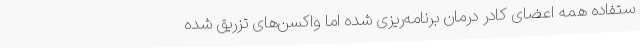
ستفاده همه اعضای کادر درمان برنامه‌ریزی شده اما واکسن‌های تزریق شده